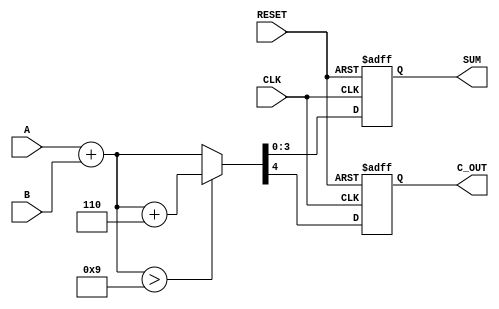
module BCD_Redundant_Binary_Adder (
    input wire [3:0] A,        // First BCD input
    input wire [3:0] B,        // Second BCD input
    output reg [3:0] SUM,      // BCD output
    output reg C_OUT,          // Carry out
    input wire CLK,            // Clock signal
    input wire RESET           // Reset signal
);

    reg [4:0] temp_sum;        // Temporary sum to hold the addition result
    reg [4:0] adjusted_sum;    // Adjusted sum after BCD correction

    always @(posedge CLK or posedge RESET) begin
        if (RESET) begin
            SUM <= 4'b0000;
            C_OUT <= 1'b0;
        end else begin
            // Step 1: Add the two BCD inputs
            temp_sum = A + B;

            // Step 2: Check if the sum exceeds 9 (1001 in binary)
            if (temp_sum > 4'b1001) begin
                // Step 3: Adjust the sum by adding 6 (0110)
                adjusted_sum = temp_sum + 5'b00110; // 6 in binary
            end else begin
                adjusted_sum = temp_sum;
            end

            // Step 4: Assign the adjusted sum to SUM and determine carry out
            SUM <= adjusted_sum[3:0]; // Take the lower 4 bits as the BCD result
            C_OUT <= adjusted_sum[4];  // The 5th bit is the carry out
        end
    end

endmodule